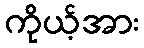
ကိုယ့်အား